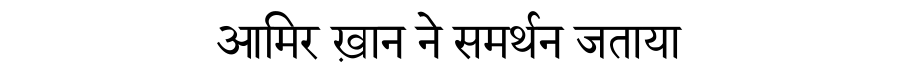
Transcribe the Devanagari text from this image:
आमिर ख़ान ने समर्थन जताया